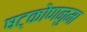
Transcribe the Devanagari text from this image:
षट्कोणनुमा